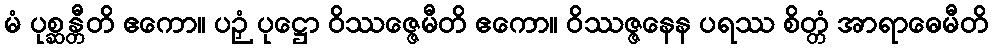
မံ ပုစ္ဆန္တီတိ ဧကော။ ပဉှံ ပုဋ္ဌော ဝိဿဇ္ဇေမီတိ ဧကော။ ဝိဿဇ္ဇနေန ပရဿ စိတ္တံ အာရာဓေမီတိ